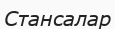
Стансалар